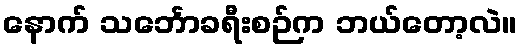
နောက် သင်္ဘောခရီးစဉ်က ဘယ်တော့လဲ။